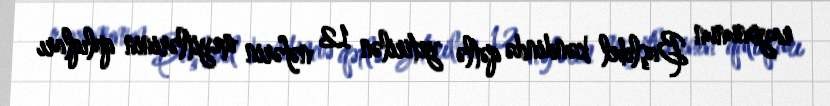
rayonunun Başlıbel kəndində qətlə yetirilən 12 nəfərin meyitlərinin qalıqları